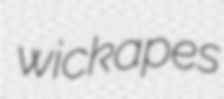
wickapes